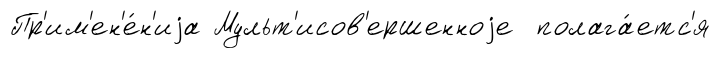
Пр'им'ен'е́н'иjа Мульт'исов'ершенноjе полага́етс'я